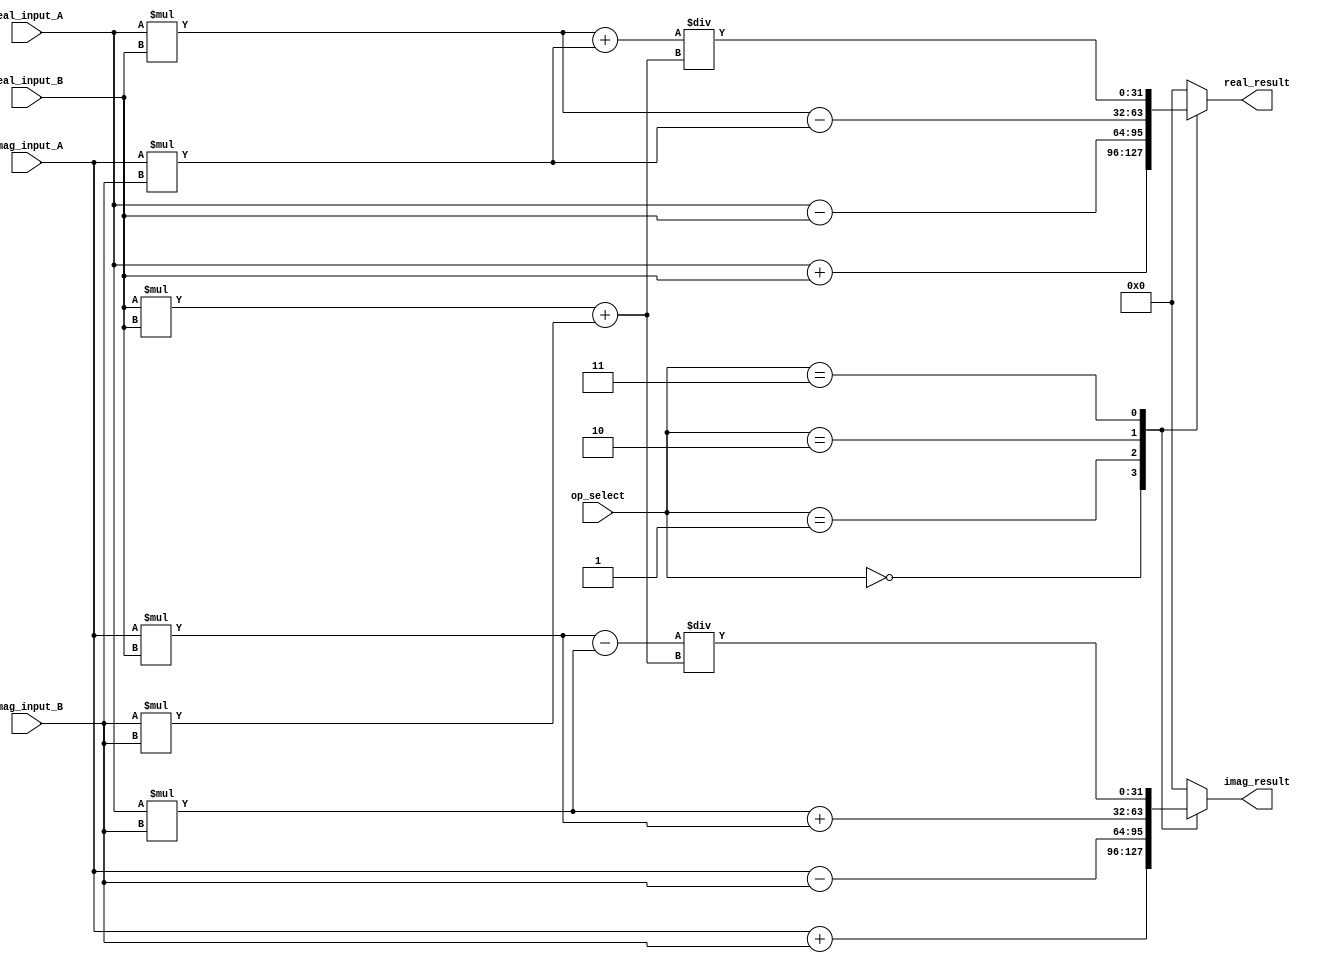
module Complex_ALU (
    input [31:0] real_input_A,
    input [31:0] imag_input_A,
    input [31:0] real_input_B,
    input [31:0] imag_input_B,
    input [2:0] op_select,
    output [31:0] real_result,
    output [31:0] imag_result
);

reg [31:0] real_result;
reg [31:0] imag_result;

always @(*)
begin
    case(op_select)
        3'b000: // Addition
        begin
            real_result = real_input_A + real_input_B;
            imag_result = imag_input_A + imag_input_B;
        end
        
        3'b001: // Subtraction
        begin
            real_result = real_input_A - real_input_B;
            imag_result = imag_input_A - imag_input_B;
        end
        
        3'b010: // Multiplication
        begin
            real_result = (real_input_A * real_input_B) - (imag_input_A * imag_input_B);
            imag_result = (real_input_A * imag_input_B) + (imag_input_A * real_input_B);
        end
        
        3'b011: // Division
        begin
            real_result = ((real_input_A * real_input_B) + (imag_input_A * imag_input_B)) /
                          ((real_input_B * real_input_B) + (imag_input_B * imag_input_B));
            imag_result = ((imag_input_A * real_input_B) - (real_input_A * imag_input_B)) /
                          ((real_input_B * real_input_B) + (imag_input_B * imag_input_B));
        end
        
        default:
        begin
            real_result = 32'd0;
            imag_result = 32'd0;
        end
    endcase
end

endmodule